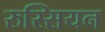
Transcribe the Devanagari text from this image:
रुस्सियन